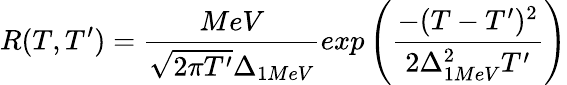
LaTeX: R(T,T^{\prime})=\frac{MeV}{\sqrt{2\pi T^{\prime}}\Delta_{1MeV}}exp\left(\frac{-(T-T^{\prime})^{2}}{2\Delta_{1MeV}^{2}T^{\prime}}\right)